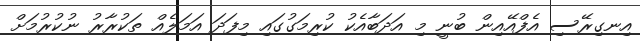
އިނގިރޭސި އެފްއޭއިން ބުނީ މި އަދަބާއެކު ކުރިމަގުގައި މިފަދަ އަމަލެއް ތަކުރާރު ނުކުރުމަށް